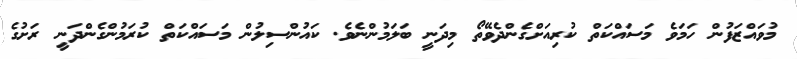
މުވައްޒަފުން ހަމަވެ މަސައްކަތް ކުރިއަށްގެންދެވޭތޯ މިދަނީ ބަލަމުންނެވެ. ކައުންސިލުން މަސައްކަތް ކުރަމުންގެންދަނީ ރަށުގެ